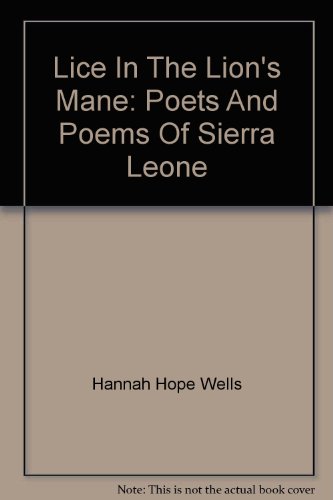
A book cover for Lice In The Lion's Mane: Poets And Poems Of Sierra Leone; Hannah Hope Wells; Health, Fitness & Dieting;